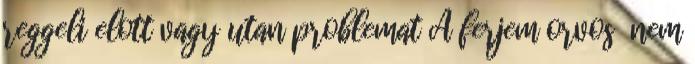
reggeli elott vagy utan problemat A ferjem orvos nem